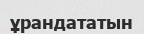
ұрандататын